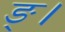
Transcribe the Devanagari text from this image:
ङ्।